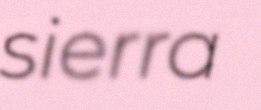
sierra